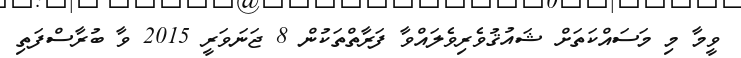
ވީމާ މި މަސައްކަތަށް ޝައުޤުވެރިވެލައްވާ ފަރާތްތަކުން 8 ޖަނަވަރީ 2015 ވާ ބުރާސްފަތި